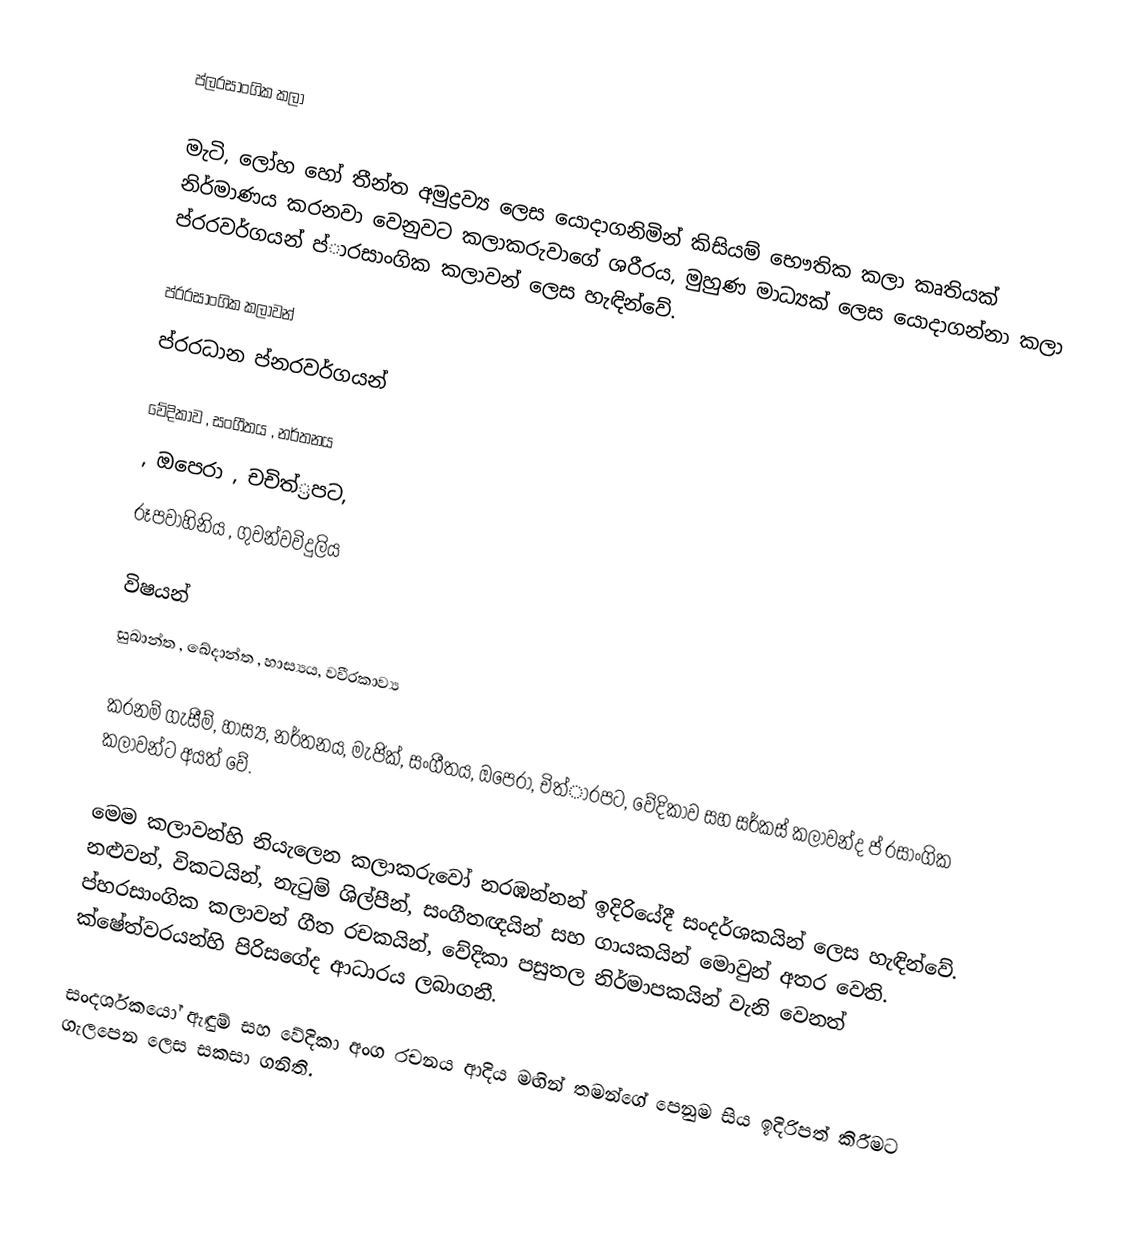
ප්ල‍රසාංගික කලා

මැටි, ලෝහ හෝ තීන්ත අමුද්‍රව්‍ය ලෙස යොදාගනිමින් කිසියම් භෞතික කලා කෘතියක් නිර්මාණය කරනවා වෙනුවට කලාකරුවාගේ ශරීරය, මුහුණ මාධ්‍යක් ලෙස යොදාගන්නා කලා ප්ර‍රවර්ගයන් ප්ා‍රසාංගික කලාවන් ලෙස හැඳින්වේ.

ප්ර‍රසාංගික කලාවන්
ප්ර‍රධාන ප්න‍රවර්ගයන්

වේදිකාව , සංගීතය ,  නර්තනය
 , ඔපෙරා ,  චචිත්්‍රපට,
රූපවාහිනිය , ගුවන්වවිදුලිය

විෂයන්
සුඛාන්ත ,  ඛේදාන්ත ,  හාස්‍යය,  වවීරකාව්‍ය

කරනම් ගැසීම්, හාස්‍ය, නර්තනය, මැජික්, සංගීතය, ඔපෙරා, චිත්ා‍රපට, වේදිකාව සහ සර්කස් කලාවන්ද ප් ‍රසාංගික කලාවන්ට අයත් වේ.

මෙම කලාවන්හි නියැලෙන කලාකරුවෝ නරඹන්නන් ඉදිරියේදී සංදර්ශකයින් ලෙස හැඳින්වේ. නළුවන්, විකටයින්, නැටුම් ශිල්පීන්, සංගීතඥයින් සහ ගායකයින් මොවුන් අතර වෙති. ප්හ‍රසාංගික කලාවන් ගීත රචකයින්, වේදිකා පසුතල නිර්මාපකයින් වැනි වෙනත් ක්ෂේත්ව‍රයන්හි පිරිසගේද ආධාරය ලබාගනී.

සංදර්ශකයෝ ඇඳුම් සහ වේදිකා අංග රචනය ආදිය මඟින් තමන්ගේ පෙනුම සිය ඉදිරිපත් කිරීමට ගැලපෙන ලෙස සකසා ගනිති.